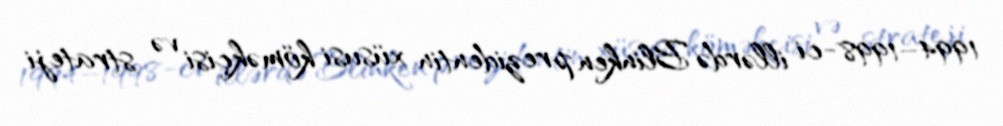
1994–1998-ci illərdə Blinken prezidentin xüsusi köməkçisi və strateji